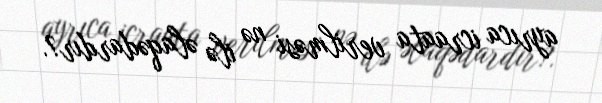
ayrıca icraata verilməsi nə ilə əlaqədardır?.